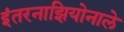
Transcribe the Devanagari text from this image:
इंतरनाझियोनाले